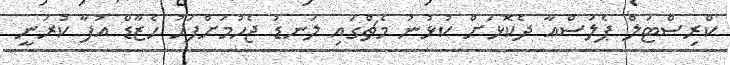
ކްރިސްޓަލް ޕެލަސްއާ ދެކޮޅަށް ކުޅުނު މެޗްގައި ލަނޑު ޖެހުމަށްފަހު ހެޒާޑް އުފާ ކުރަނީ